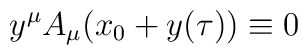
y^\mu A_{\mu}(x_0+y(\tau))\equiv 0